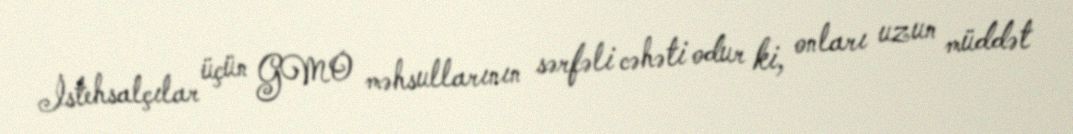
İstehsalçılar üçün GMO məhsullarının sərfəli cəhəti odur ki, onları uzun müddət